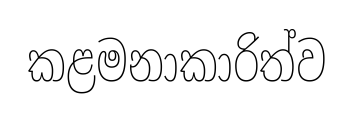
කළමනාකාරිත්ව